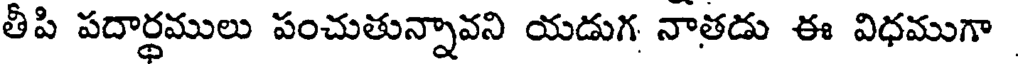
తీపి పదార్థములు పంచుతున్నావని యడుగ నాతడు ఈ విధముగా